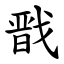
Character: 戬